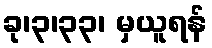
ခု၊၃၊၃၃၊ မှယူရန်